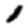
Digit: 1